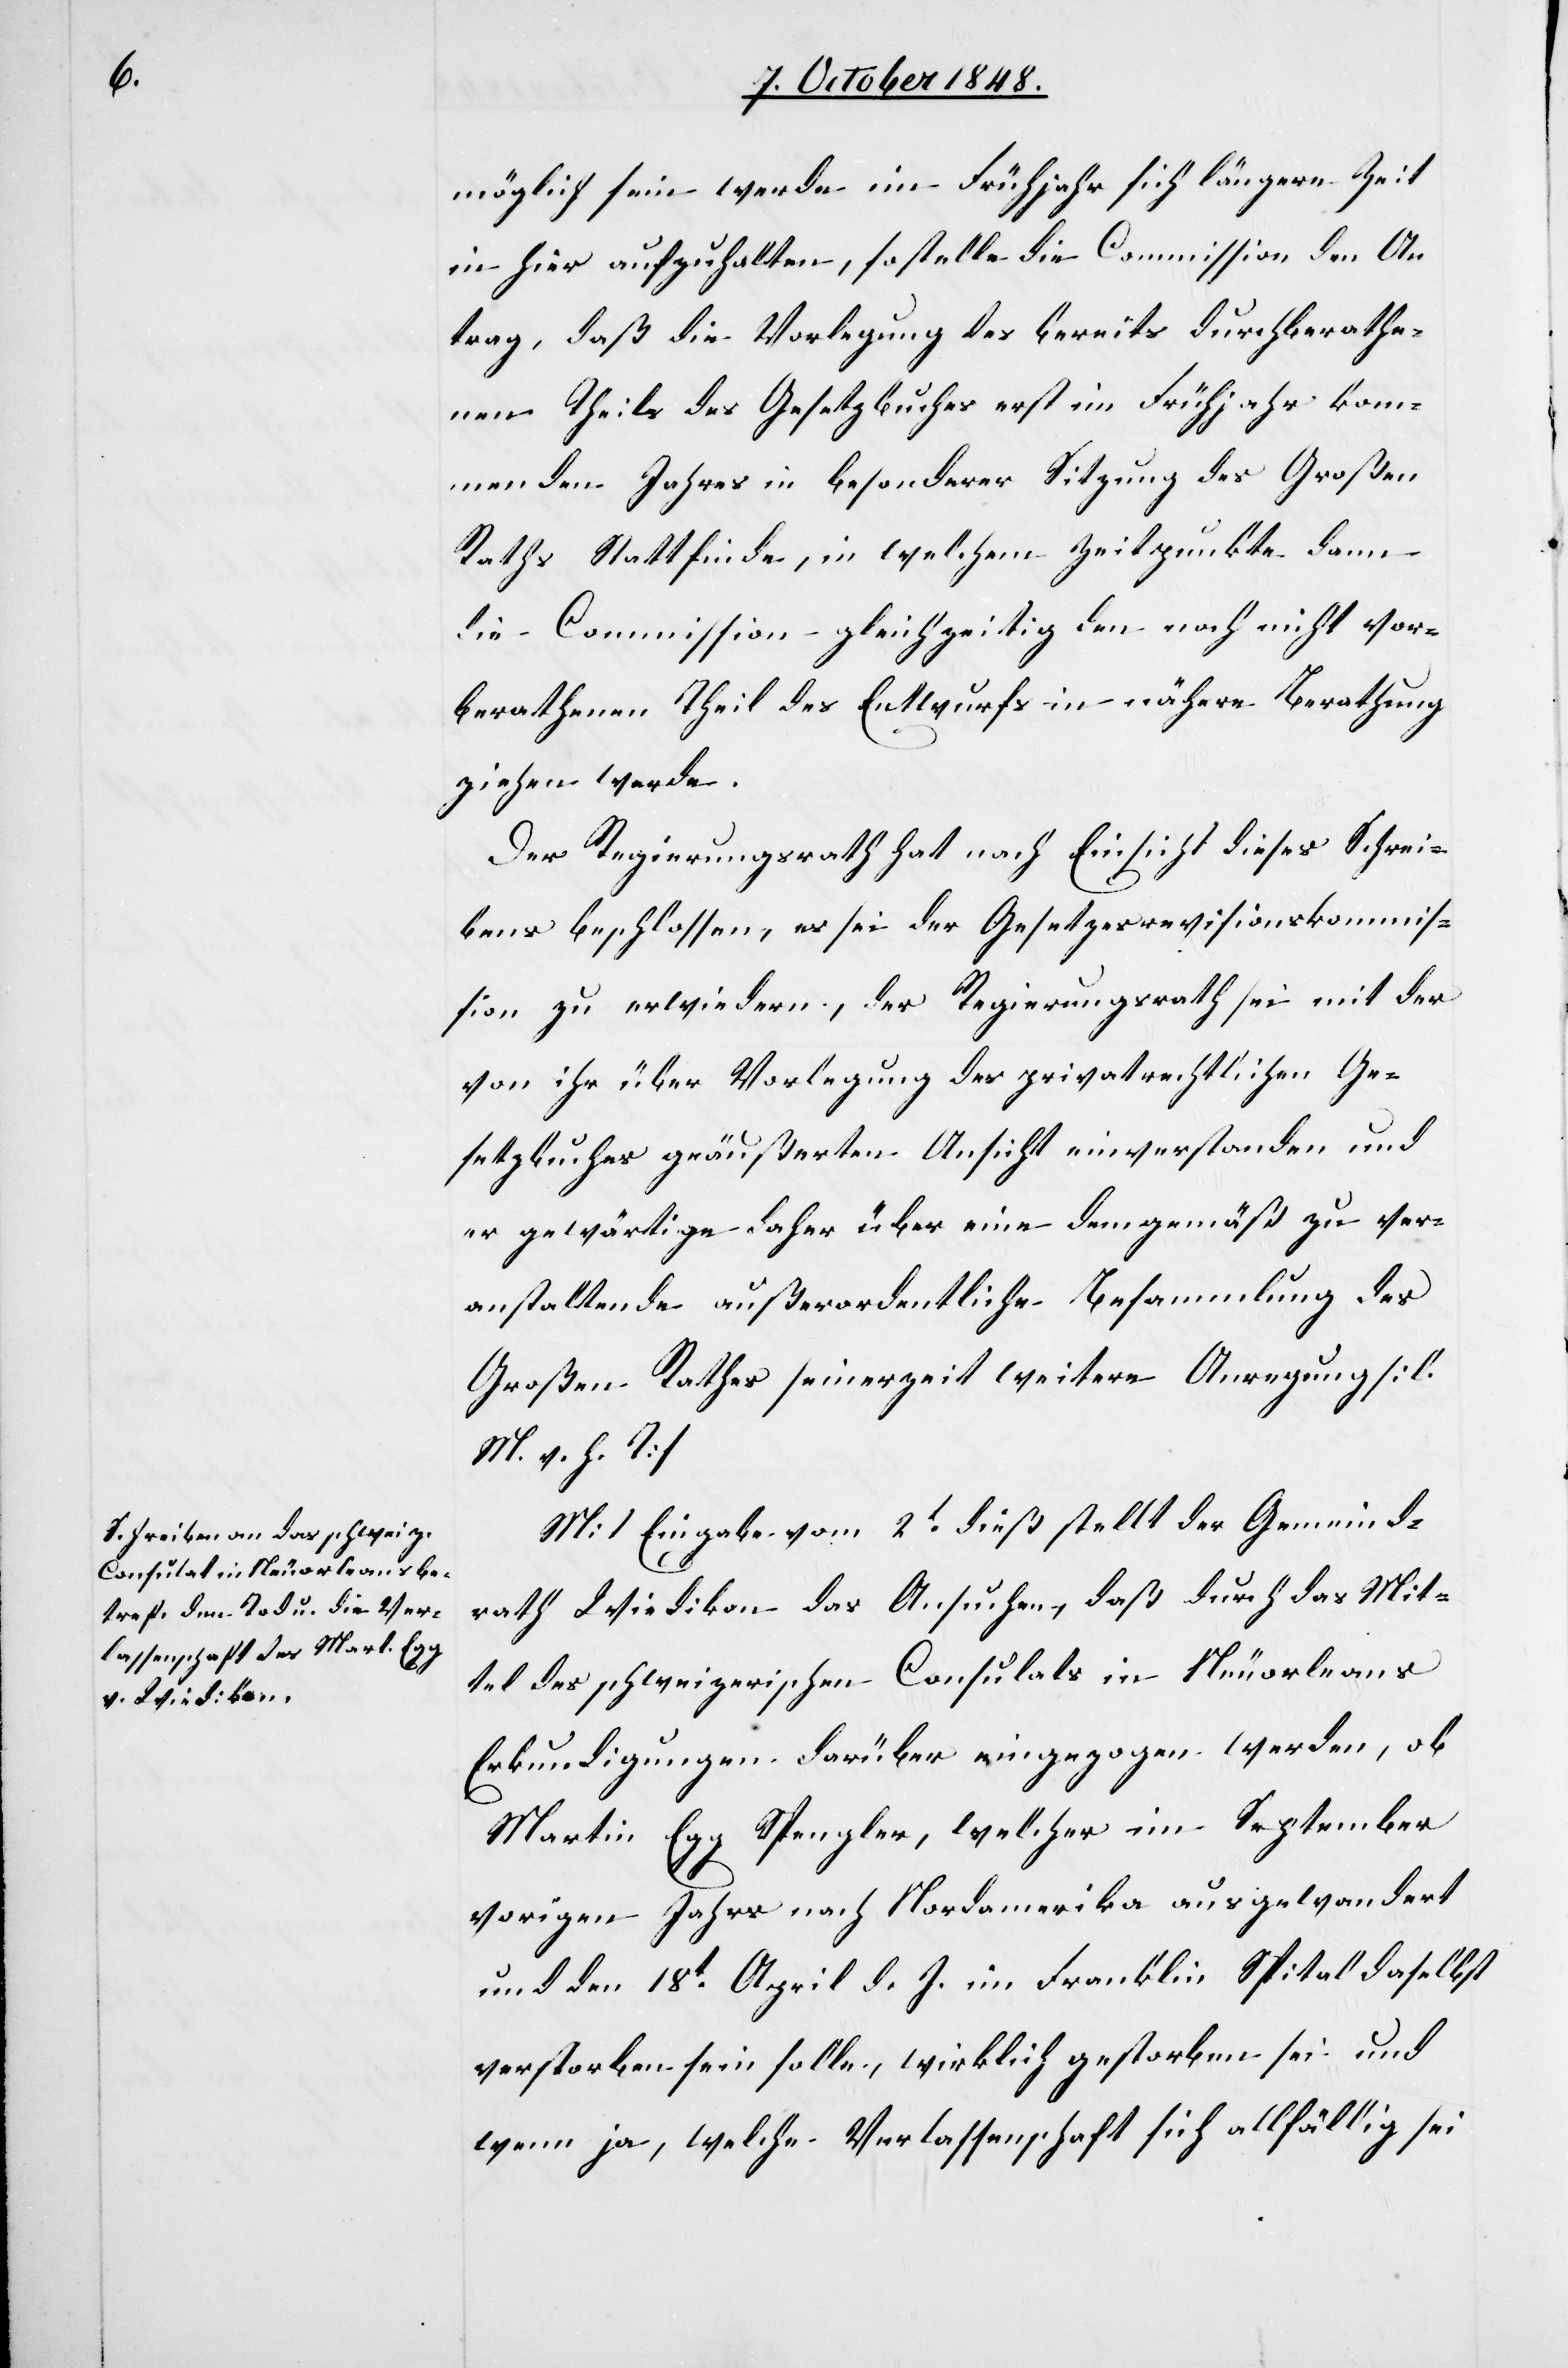
möglich sein werde im Frühjahr sich längere Zeit
in hier aufzuhalten, so stelle die Commission den An¬
trag, daß die Vorlegung des bereits durchberathe¬
nen Theils des Gesetzbuches erst im Frühjahr kom¬
menden Jahres in besonderer Sitzung des Großen
Raths Statt finde, in welchem Zeitpunkte dann
die Commission gleichzeitig den noch nicht vor¬
berathenen Theil des Entwurfs in nähere Berathung
ziehen werde.
Der Regierungsrath hat nach Einsicht dieses Schrei¬
bens beschlossen, es sei der Gesetzesrevisionskommis¬
sion zu erwiedern, der Regierungsrath sei mit der
von ihr über Vorlegung des privatrechtlichen Ge¬
setzbuches geäußerten Ansicht einverstanden und
er gewärtige daher über eine dem gemäß zu ver¬
anstaltende außerordentliche Besammlung des
Großen Rathes seinerzeit weitere Anregung. [l.
M. v. h. T]
Mit Eingabe vom 2t. dieß stellt der Gemeind¬
rath Wiedikon das Ansuchen, daß durch das Mit¬
tel des schweizerischen Consulats in Neuorleans
Erkundigungen darüber eingezogen werden, ob
Martin Egg Spengler, welcher im September
vorigen Jahrs nach Nordamerika ausgewandert
und den 18t. April d. J. im Franklin Spital daselbst
verstorben sein solle, wirklich gestorben sei und
wenn ja, welche Verlassenschaft sich allfällig